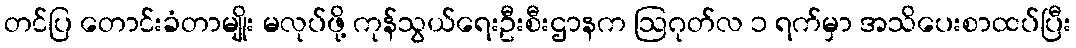
တင်ပြ တောင်းခံတာမျိုး မလုပ်ဖို့ ကုန်သွယ်ရေးဦးစီးဌာနက ဩဂုတ်လ ၁ ရက်မှာ အသိပေးစာထပ်ပြီး